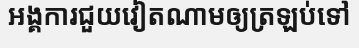
អង្គការជួយវៀតណាមឲ្យត្រឡប់ទៅ